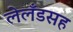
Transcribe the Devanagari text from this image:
लेलँडसह